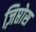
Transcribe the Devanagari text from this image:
ज़िप्तोस